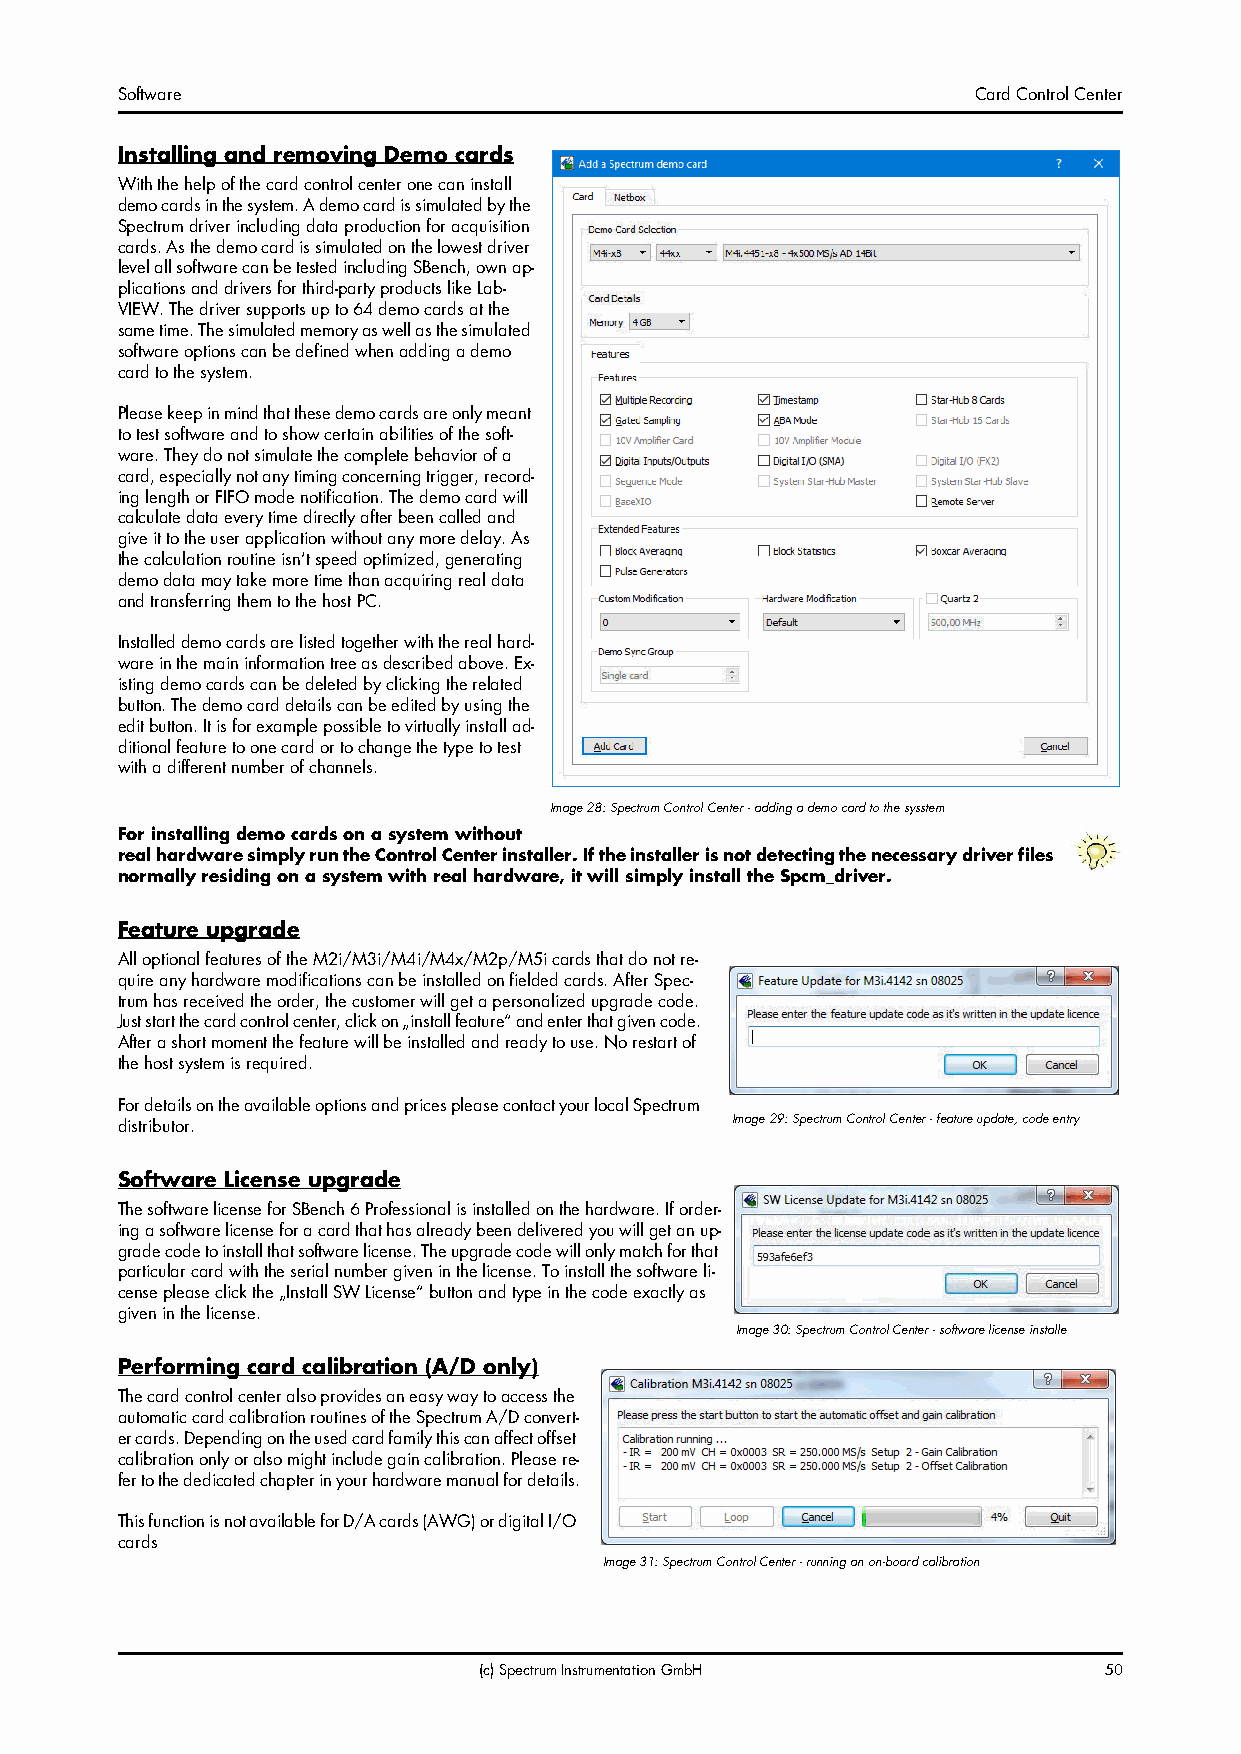
Software                                                 Card Control Center
 Installing and removing Demo cards
 With the help of the card control center one can install
 demo cards in the system. A demo card is simulated by the
 Spectrum driver including data production for acquisition
 cards. As the demo card is simulated on the lowest driver
 level all software can be tested including SBench, own ap-
 plications and drivers for third-party products like Lab-
 VIEW. The driver supports up to 64 demo cards at the
 same time. The simulated memory as well as the simulated
 software options can be defined when adding a demo
 card to the system.
 Please keep in mind that these demo cards are only meant
 to test software and to show certain abilities of the soft-
 ware. They do not simulate the complete behavior of a
 card, especially not any timing concerning trigger, record-
 ing length or FIFO mode notification. The demo card will
 calculate data every time directly after been called and
 give it to the user application without any more delay. As
 the calculation routine isn’t speed optimized, generating
 demo data may take more time than acquiring real data
 and transferring them to the host PC.
 Installed demo cards are listed together with the real hard-
 ware in the main information tree as described above. Ex-
 isting demo cards can be deleted by clicking the related
 button. The demo card details can be edited by using the
 edit button. It is for example possible to virtually install ad-
 ditional feature to one card or to change the type to test
 with a different number of channels.
 Image 28: Spectrum Control Center - adding a demo card to the sysstem
 For installing demo cards on a system without
 real hardware simply run the Control Center installer. If the installer is not detecting the necessary driver files
 normally residing on a system with real hardware, it will simply install the Spcm_driver.
 Feature upgrade
 All optional features of the M2i/M3i/M4i/M4x/M2p/M5i cards that do not re-
 quire any hardware modifications can be installed on fielded cards. After Spec-
 trum has received the order, the customer will get a personalized upgrade code.
 Just start the card control center, click on „install feature“ and enter that given code.
 After a short moment the feature will be installed and ready to use. No restart of
 the host system is required.
 For details on the available options and prices please contact your local Spectrum
 distributor.                            Image 29: Spectrum Control Center - feature update, code entry
 Software License upgrade
 The software license for SBench 6 Professional is installed on the hardware. If order-
 ing a software license for a card that has already been delivered you will get an up-
 grade code to install that software license. The upgrade code will only match for that
 particular card with the serial number given in the license. To install the software li-
 cense please click the „Install SW License“ button and type in the code exactly as
 given in the license.
 Image 30: Spectrum Control Center - software license installe
 Performing card calibration (A/D only)
 The card control center also provides an easy way to access the
 automatic card calibration routines of the Spectrum A/D convert-
 er cards. Depending on the used card family this can affect offset
 calibration only or also might include gain calibration. Please re-
 fer to the dedicated chapter in your hardware manual for details.
 This function is not available for D/A cards (AWG) or digital I/O
 cards
 Image 31: Spectrum Control Center - running an on-board calibration
 (c) Spectrum Instrumentation GmbH        50